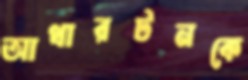
আথারটনকে